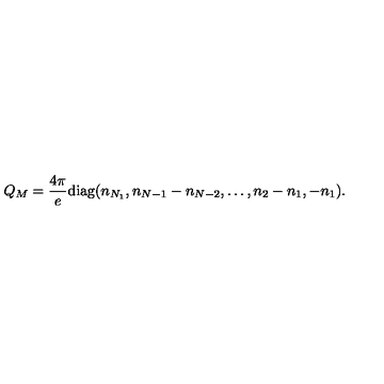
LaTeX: Q _ { M } = { \frac { 4 \pi } { e } } \mathrm { d i a g } ( n _ { N _ { 1 } } , n _ { N - 1 } - n _ { N - 2 } , \dots , n _ { 2 } - n _ { 1 } , - n _ { 1 } ) .